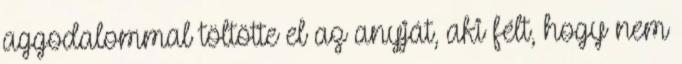
aggodalommal töltötte el az anyját, aki félt, hogy nem